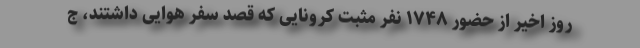
روز اخیر از حضور ۱۷۴۸ نفر مثبت کرونایی که قصد سفر هوایی داشتند، ج